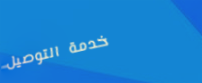
خدمة التوصيل